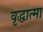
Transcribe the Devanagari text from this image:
वृद्धात्मा